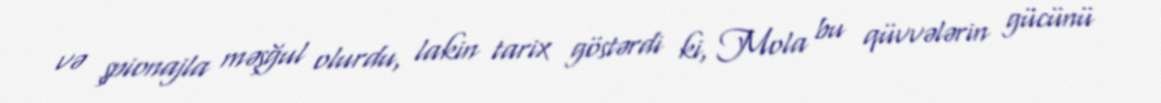
və şpionajla məşğul olurdu, lakin tarix göstərdi ki, Mola bu qüvvələrin gücünü